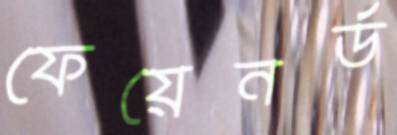
ফেয়েনর্ড